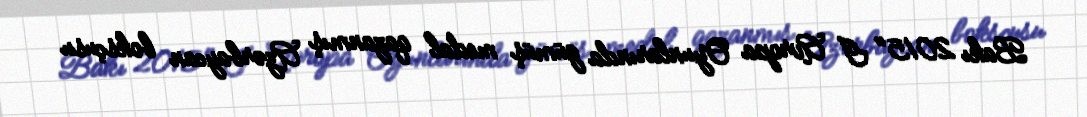
Bakı 2015" I Avropa Oyunlarında gümüş medal qazanmış Azərbaycan boksçusu